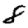
Digit: 8